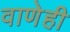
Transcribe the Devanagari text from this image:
वाणेही